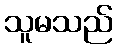
သူမသည်